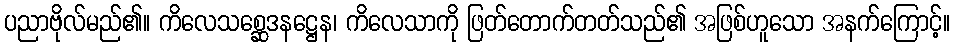
ပညာဗိုလ်မည်၏။ ကိလေသစ္ဆေဒနဋ္ဌေန၊ ကိလေသာကို ဖြတ်တောက်တတ်သည်၏ အဖြစ်ဟူသော အနက်ကြောင့်။